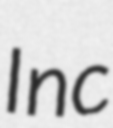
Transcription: Inc